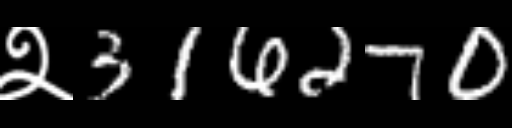
Text: २316270